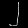
Digit: ၂